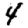
Digit: 4